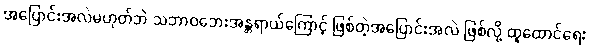
အပြောင်းအလဲမဟုတ်ဘဲ သဘာဝဘေးအန္တရာယ်ကြောင့် ဖြစ်တဲ့အပြောင်းအလဲ ဖြစ်လို့ ထူထောင်ရေး